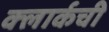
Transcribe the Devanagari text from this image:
क्‍लार्कची